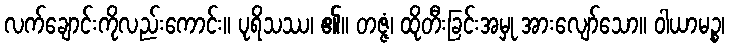
လက်ချောင်းကိုလည်းကောင်း။ ပုရိသဿ၊ ၏။ တဇ္ဇံ၊ ထိုတီးခြင်းအမှု အားလျော်သော။ ဝါယာမဉ္စ၊